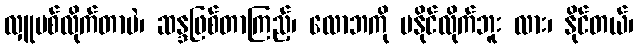
လှူပစ်လိုက်တာပဲ၊ ဆန္ဒဖြစ်တာကြည့်၊ လောဘကို မနိုင်လိုက်ဘူး လား၊ နိုင်တယ်၊